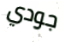
جودي